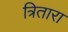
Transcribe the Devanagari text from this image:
त्रितारा